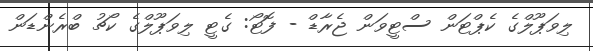
ލިވަޕޫލްގެ ކެޕްޓަން ސްޓީވަން ޖެރާޑް - ފޮޓޯ: ގެޓީ ލިވަޕޫލްގެ ކޯޗު ބްރެންޑަން